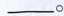
___。